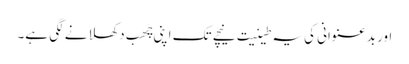
اور بدعنوانی کی یہ طینیت نیچے تک اپنی چَھب دکھلانے لگی ہے۔